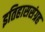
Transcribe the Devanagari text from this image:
इतिहाससंग्रह